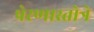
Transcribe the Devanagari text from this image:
प्रेरणास्तोत्रे